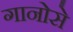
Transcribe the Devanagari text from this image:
गानोसे